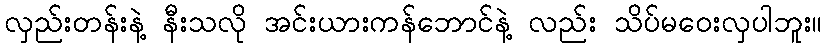
လှည်းတန်းနဲ့ နီးသလို အင်းယားကန်ဘောင်နဲ့ လည်း သိပ်မဝေးလှပါဘူး။